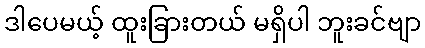
ဒါပေမယ့် ထူးခြားတယ် မရှိပါ ဘူးခင်ဗျာ